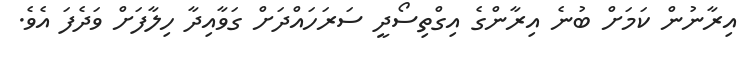
އިރާނުން ކަމަށް ބުނެ އިރާންގެ އިގްތިސޯދީ ސަރަހައްދަށް ގަވާއިދާ ހިލާފަށް ވަދެފަ އެވެ.